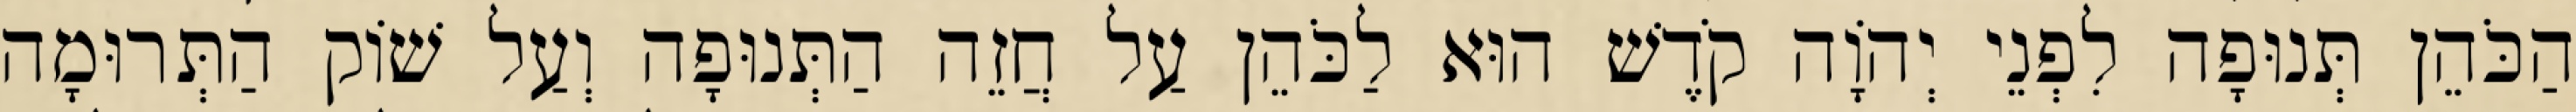
הַכֹּהֵן תְּנוּפָה לִפְנֵי יְהוָֹה קֹדֶשׁ הוּא לַכֹּהֵן עַל חֲזֵה הַתְּנוּפָה וְעַל שׁוֹק הַתְּרוּמָה